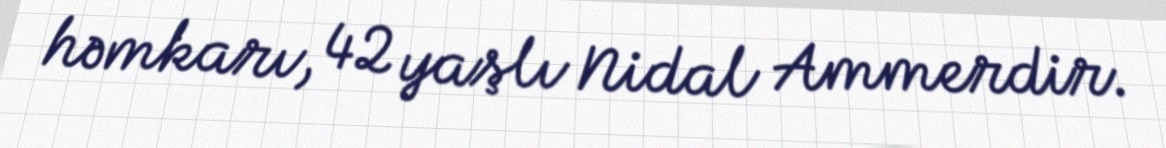
həmkarı, 42 yaşlı Nidal Ammerdir.